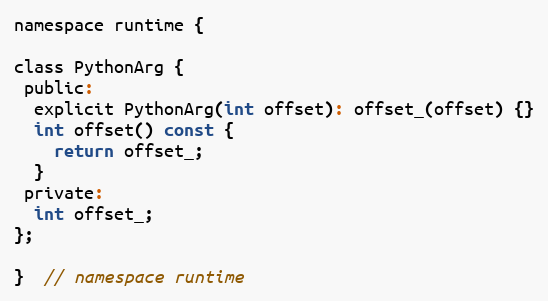
Language: C
namespace runtime {

class PythonArg {
 public:
  explicit PythonArg(int offset): offset_(offset) {}
  int offset() const {
    return offset_;
  }
 private:
  int offset_;
};

}  // namespace runtime